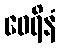
ဝေရိနံ